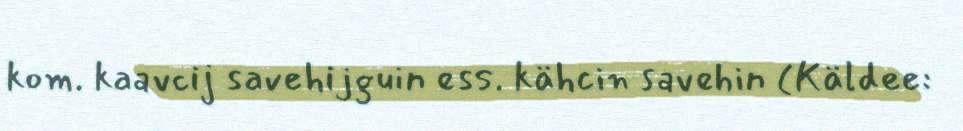
kom. kaavcij savehijguin ess. kähcin savehin (Käldee: